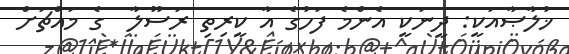
ޚުލާޞާއަކީ: ދީނަކީ އެންމެ ފަހުގެ އާ ކީރިތި ރަސޫލާ  ގެ މައްޗަށް